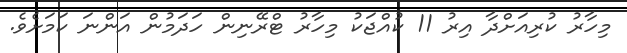
މިހާރު ކުރިއަށްދާ އިރު 11 ކުއްޖަކު މިހާރު ޓްރޭނިން ހަދަމުން އަންނަ ކަމަށެވެ.